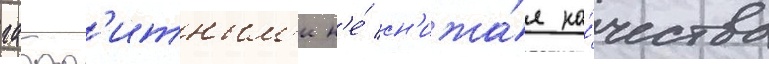
габар'итным'и н'е́ сн'ижа́я ка́чества